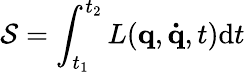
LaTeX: {\mathcal{S}}=\int_{t_{1}}^{t_{2}}L(\mathbf{q},\mathbf{\dot{q}},t)\mathrm{d}t